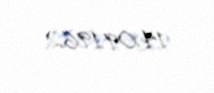
14.09.1962